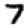
Digit: 7